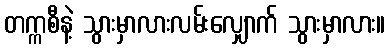
တက္ကစီနဲ့ သွားမှာလားလမ်းလျှောက် သွားမှာလား။